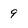
Character: 9